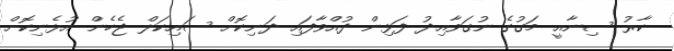
ކާރު ސިނާއީ މަގުގެ ނުގަވާއިދު ފަޅިން ދުއްވާފައި ދަނިކޮށް ސައިކަލް ޖެހެން އުޅެނިކޮށް